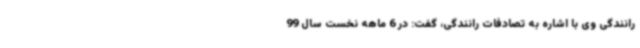
رانندگی وی با اشاره به تصادفات رانندگی، گفت: در 6 ماهه نخست سال 99